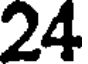
24